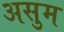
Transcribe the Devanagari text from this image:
असुम